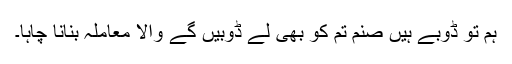
ہم تو ڈوبے ہیں صنم تم کو بھی لے ڈوبیں گے والا معاملہ بنانا چاہا۔